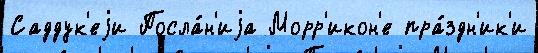
Саддук'еjи Посла́н'иjа Морр'икон'е пра́здн'ик'и